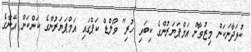
ކުޅަދާނަކަން މިޒުވާން އަމްޕަޔަރުންގެ ކިބައި ހުރި" ވޯލްޑް ކަޕްގައި އަމްޕަޔަރުންގެ ކަންކަން އޭނާގެ